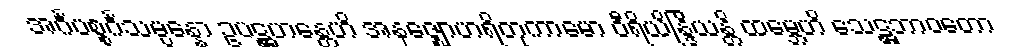
အင်္ဂပစ္စင်္ဂသမ္ပန္နော ဥပဋ္ဌဟန္တေဟိ အနဇ္ဈောဟရိတုကာမော ဝီရိယိန္ဒြိယန္တိ ထမ္ဘေဟိ သေဋ္ဌဘာဝတော